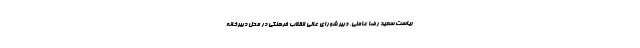
ریاست سعید رضا عاملی، دبیر شورای عالی انقلاب فرهنگی در محل دبیرخانه